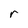
Character: r